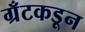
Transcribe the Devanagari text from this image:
ग्रँटकडून